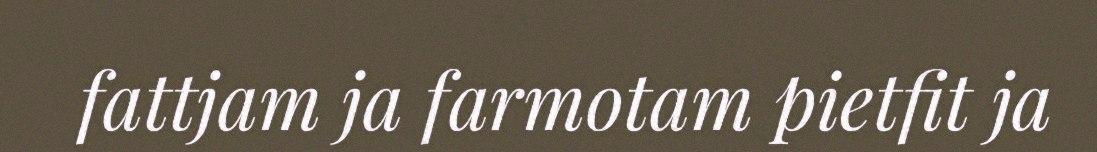
fattjam ja farmotam pietfit ja